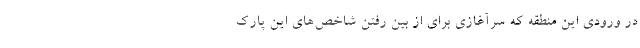
در ورودی این منطقه که سرآغازی برای از بین رفتن شاخص‌های این پارک